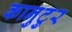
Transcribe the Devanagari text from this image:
कानुटुर